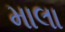
માલા